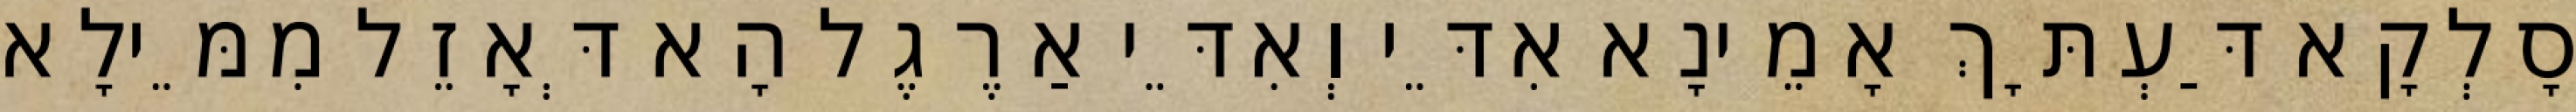
סָלְקָא דַּעְתָּךְ אָמֵינָא אִדֵּי וְאִדֵּי אַרֶגֶל הָא דְּאָזֵל מִמֵּילָא